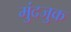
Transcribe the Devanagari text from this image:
मुंदजुक